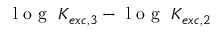
\mathrm { ~ l ~ o ~ g ~ } ~ K _ { e x c , 3 } - \mathrm { ~ l ~ o ~ g ~ } ~ K _ { e x c , 2 }